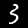
Digit: 3